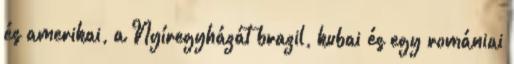
és amerikai, a Nyíregyházát brazil, kubai és egy romániai